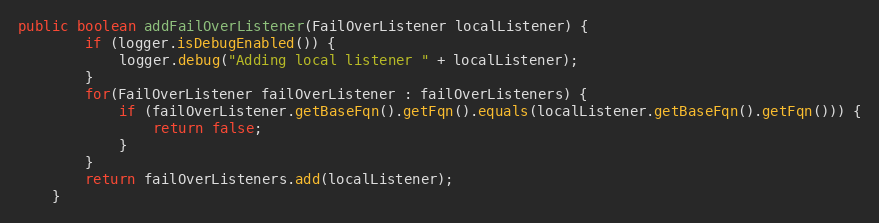
Language: Java
public boolean addFailOverListener(FailOverListener localListener) {
		if (logger.isDebugEnabled()) {
			logger.debug("Adding local listener " + localListener);
		}
		for(FailOverListener failOverListener : failOverListeners) {
			if (failOverListener.getBaseFqn().getFqn().equals(localListener.getBaseFqn().getFqn())) {
				return false;
			}
		}
		return failOverListeners.add(localListener);
	}